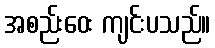
အစည်းဝေး ကျင်းပသည်။